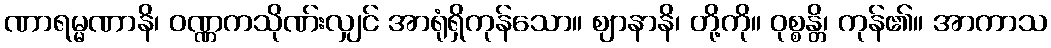
ဏာရမ္မဏာနိ၊ ဝဏ္ဏကသိုဏ်းလျှင် အာရုံရှိကုန်သော။ ဈာနာနိ၊ တို့ကို။ ဝုစ္စန္တိ၊ ကုန်၏။ အာကာသ